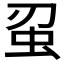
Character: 𮓵